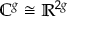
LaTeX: \mathbb { C } ^ { g } \cong \mathbb { R } ^ { 2 g }